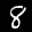
Label: 8